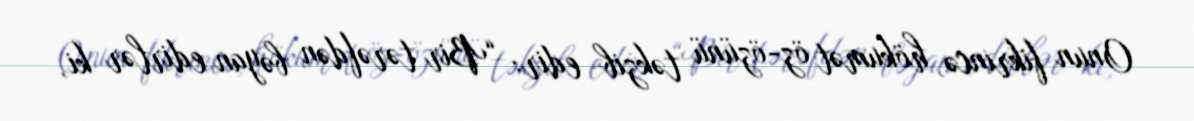
Onun fikrincə, hökumət öz-özünü təkzib edir: “Bir tərəfdən bəyan edirlər ki,